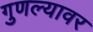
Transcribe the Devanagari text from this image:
गुणल्यावर